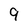
Character: 9